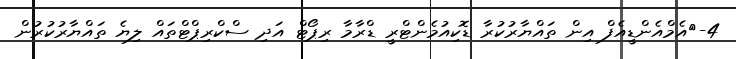
4-	އެމްއެންޑީއެފް އިން ތައްޔާރުކުރާ ޑޮކިއުމެންޓްރީ ޑްރާމާ ރިޕޯޓް އަދި ސްކްރިޕްޓްތައް ލިޔެ ތައްޔާރުކުރުން